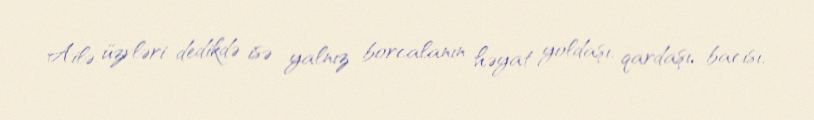
Ailə üzvləri dedikdə isə yalnız borcalanın həyat yoldaşı, qardaşı, bacısı,